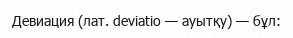
Девиация (лат. deviatio — ауытқу) — бұл: